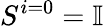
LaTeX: S^{i=0}=\mathbb{I}